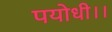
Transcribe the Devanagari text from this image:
पयोधी।।